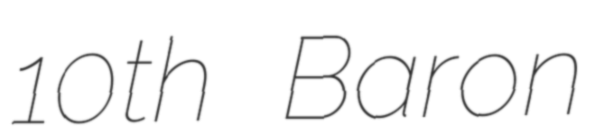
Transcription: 10th Baron